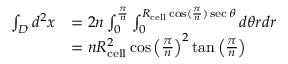
\begin{array} { r l } { \int _ { D } d ^ { 2 } x } & { = 2 n \int _ { 0 } ^ { \frac { \pi } { n } } \int _ { 0 } ^ { R _ { \mathrm { c e l l } } \cos ( \frac { \pi } { n } ) \sec \theta } d \theta r d r } \\ & { = n R _ { \mathrm { c e l l } } ^ { 2 } \cos \left( \frac { \pi } { n } \right) ^ { 2 } \tan \left( \frac { \pi } { n } \right) } \end{array}